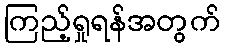
ကြည့်ရှုရန်အတွက်